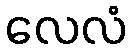
လေလံ